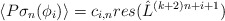
\begin{align*}\langle P \sigma_n (\phi_i) \rangle = c_{i,n} res( {\hat L}^{(k+2)n+i+1} )\end{align*}